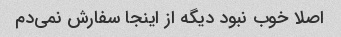
اصلا خوب نبود دیگه از اینجا سفارش نمی‌دم